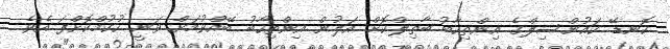
ކޮނޑޭ ކައުންސިލްގެ އިންތިހާބު ބާތިލްކޮށް އަލުން އިންތިހާބު ބޭއްވުމަށް ވަނީ ހުކުމްކޮށްފަ އެވެ.